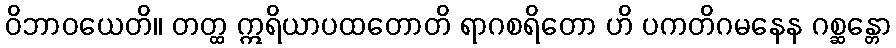
ဝိဘာဝယေတိ။ တတ္ထ ဣရိယာပထတောတိ ရာဂစရိတော ဟိ ပကတိဂမနေန ဂစ္ဆန္တော